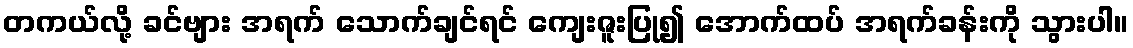
တကယ်လို့ ခင်ဗျား အရက် သောက်ချင်ရင် ကျေးဇူးပြု၍ အောက်ထပ် အရက်ခန်းကို သွားပါ။